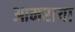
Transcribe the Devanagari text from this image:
आमराया